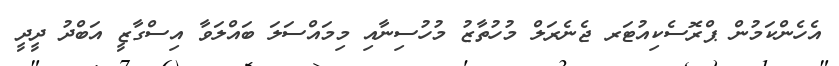
އެހެންކަމުން ޕްރޮސެކިއުޓަރ ޖެނެރަލް މުހުތާޒު މުހުސިނާއި މިމައްސަލަ ބައްލަވާ އިސްގާޒީ އަބްދު ދީދީ